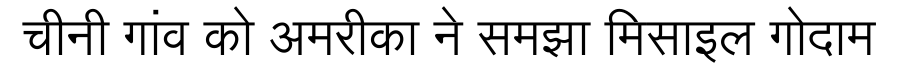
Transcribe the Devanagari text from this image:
चीनी गांव को अमरीका ने समझा मिसाइल गोदाम